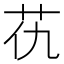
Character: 𦬖